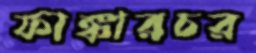
ফাঙ্কারচর